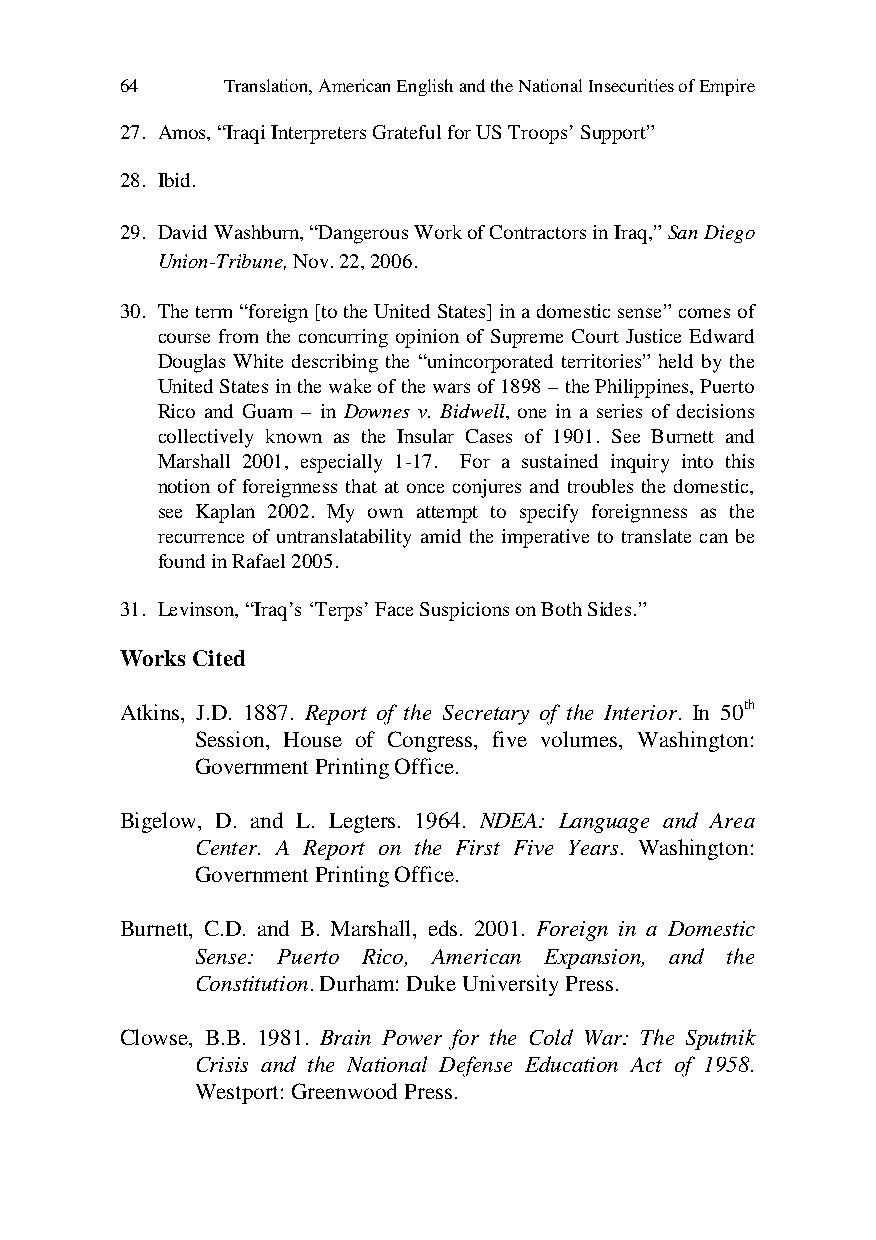
64     Translation, American English and the National Insecurities of Empire
 27. Amos, “Iraqi Interpreters Grateful for US Troops’ Support”
 28. Ibid.
 29. David Washburn, “Dangerous Work of Contractors in Iraq,” San Diego
 Union-Tribune, Nov. 22, 2006.
 30. The term “foreign [to the United States] in a domestic sense” comes of
 course from the concurring opinion of Supreme Court Justice Edward
 Douglas White describing the “unincorporated territories” held by the
 United States in the wake of the wars of 1898 – the Philippines, Puerto
 Rico and Guam – in Downes v. Bidwell, one in a series of decisions
 collectively known as the Insular Cases of 1901. See Burnett and
 Marshall 2001, especially 1-17. For a sustained inquiry into this
 notion of foreignness that at once conjures and troubles the domestic,
 see Kaplan 2002. My own attempt to specify foreignness as the
 recurrence of untranslatability amid the imperative to translate can be
 found in Rafael 2005.
 31. Levinson, “Iraq’s ‘Terps’ Face Suspicions on Both Sides.”
 Works Cited
 Atkins, J.D. 1887. Report of the Secretary of the Interior. In 50th
 Session, House of Congress, five volumes, Washington:
 Government Printing Office.
 Bigelow, D. and L. Legters. 1964. NDEA: Language and Area
 Center. A Report on the First Five Years. Washington:
 Government Printing Office.
 Burnett, C.D. and B. Marshall, eds. 2001. Foreign in a Domestic
 Sense: Puerto Rico, American Expansion, and the
 Constitution. Durham: Duke University Press.
 Clowse, B.B. 1981. Brain Power for the Cold War: The Sputnik
 Crisis and the National Defense Education Act of 1958.
 Westport: Greenwood Press.